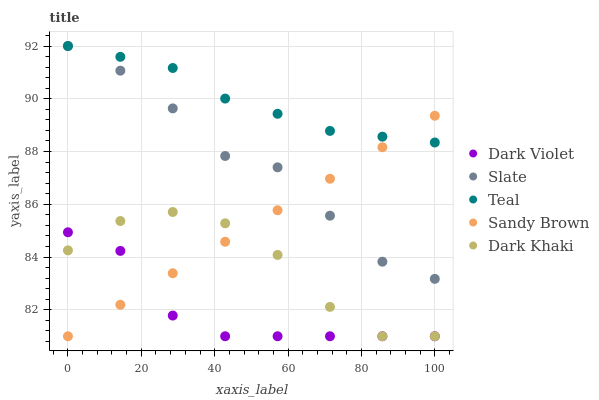
| xaxis_label | Dark Violet | Slate | Teal | Sandy Brown | Dark Khaki |
 | --- | --- | --- | --- | --- | --- |
 | 0 | 84.9 | 92 | 92 | 81 | 84.3 |
 | 14.3 | 84.2 | 91.1 | 91.6 | 82.2 | 85.4 |
 | 28.6 | 81.8 | 89.6 | 91.2 | 83.4 | 85.7 |
 | 42.9 | 81 | 87.8 | 90 | 84.6 | 85.3 |
 | 57.1 | 81 | 87.4 | 89.4 | 85.8 | 84.1 |
 | 71.4 | 81 | 85.6 | 88.8 | 87 | 82.1 |
 | 85.7 | 81 | 83.8 | 88.6 | 88.2 | 81 |
 | 100 | 81 | 83.2 | 88.3 | 89.4 | 81 |